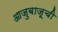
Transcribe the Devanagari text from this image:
आजुबाजूची